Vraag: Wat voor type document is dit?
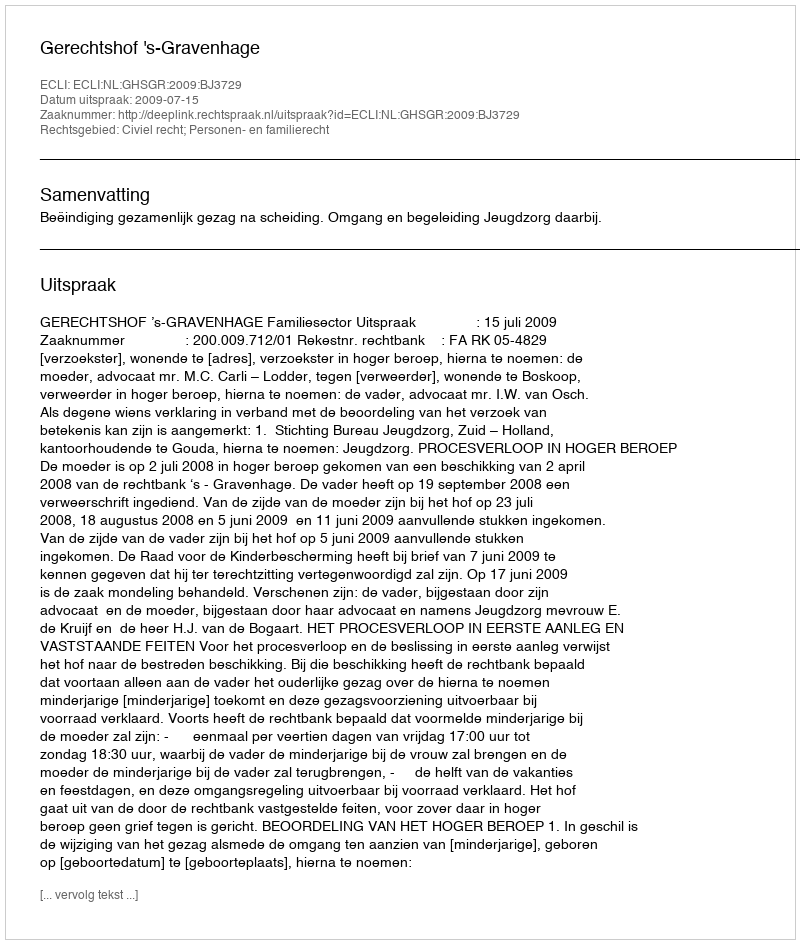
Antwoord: Uitspraak